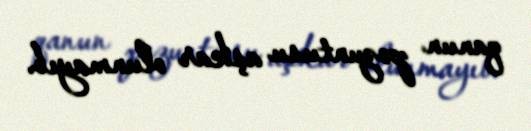
qanun pozuntusu aşkar olunmayıb.